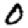
Digit: 0